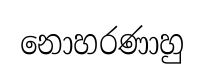
නොහරණාහු